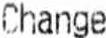
CHANGE